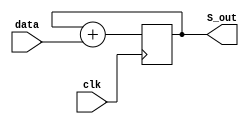
module add_dat (
    input clk,
    input [31:0] data,
    output [31:0] S_out
);

    reg [31:0]reg_data,S;
    wire [31:0]S1;
    assign S1=S+data;
    assign S_out=S;

    always @(posedge clk) begin
        reg_data<=data;
        S<=S1;
    end
    
endmodule